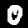
Digit: 0